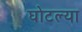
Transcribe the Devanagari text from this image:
घोटल्या